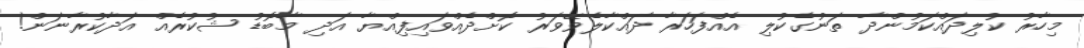
މިހާރު ކުލިދައްކަމުންދާ ތަނުގެކުލި އެއްފަހަރާ ދައްކާލެވޭވަރު ކޮށްދެއްވައިފިއްޔާ އަދި މާބޮޑު ޝުކުރެއް އަދާކުރާނަން!